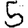
Digit: 5